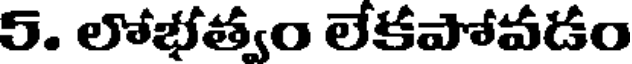
5. లోభత్వం లేకపోవడం